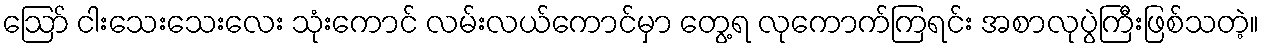
ဪ ငါးသေးသေးလေး သုံးကောင် လမ်းလယ်ကောင်မှာ တွေ့ရ လုကောက်ကြရင်း အစာလုပွဲကြီးဖြစ်သတဲ့။